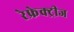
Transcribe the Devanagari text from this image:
रेफ्रेक्ट्रीज